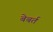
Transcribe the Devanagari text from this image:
बेबर्त